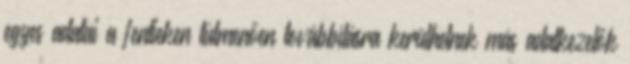
egyes adatai a fentieken túlmenően továbbításra kerülhetnek más adatkezelők